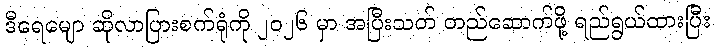
ဒီရေမျော ဆိုလာပြားစက်ရုံကို ၂၀၂၆ မှာ အပြီးသတ် တည်ဆောက်ဖို့ ရည်ရွယ်ထားပြီး